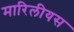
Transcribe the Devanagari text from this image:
मारिलीयस